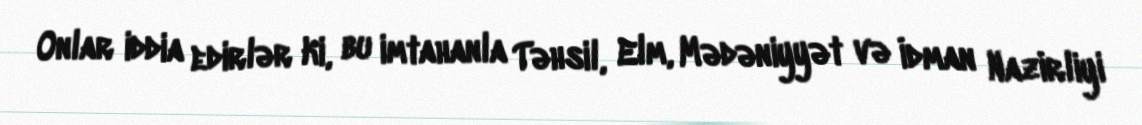
Onlar iddia edirlər ki, bu imtahanla Təhsil, Elm, Mədəniyyət və İdman Nazirliyi